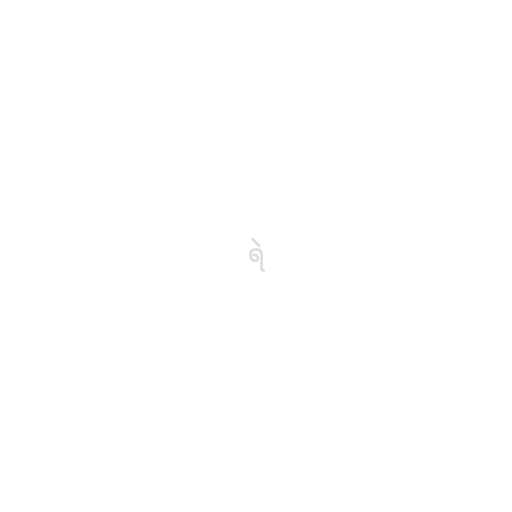
ရဲ